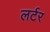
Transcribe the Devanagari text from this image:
लर्टर